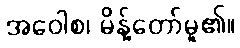
အဝေါစ၊ မိန့်တော်မူ၏။